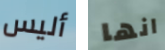
أليس انها